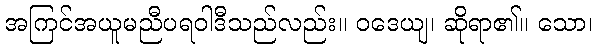
အကြင်အယူမညီပရဝါဒီသည်လည်း။ ဝဒေယျ၊ ဆိုရာ၏။ သော၊